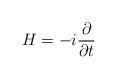
LaTeX: \begin{align*}H= - i \frac{\partial }{ \partial t}\end{align*}